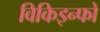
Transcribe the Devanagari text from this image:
विकिइन्फो